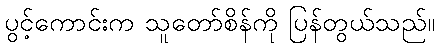
ပွင့်ကောင်းက သူတော်စိန်ကို ပြန်တွယ်သည်။